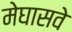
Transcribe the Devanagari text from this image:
मेघासवे